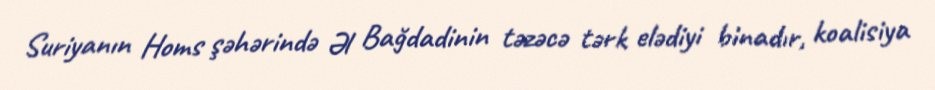
Suriyanın Homs şəhərində Əl Bağdadinin təzəcə tərk elədiyi binadır, koalisiya